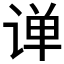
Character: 𫟠